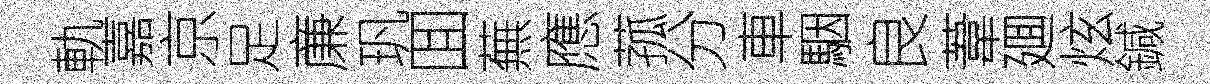
軌嘉京足亷㺬囬蕪應菰分車駰良葦廽炫鍼